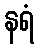
နရံ